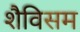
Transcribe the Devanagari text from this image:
शैविसम